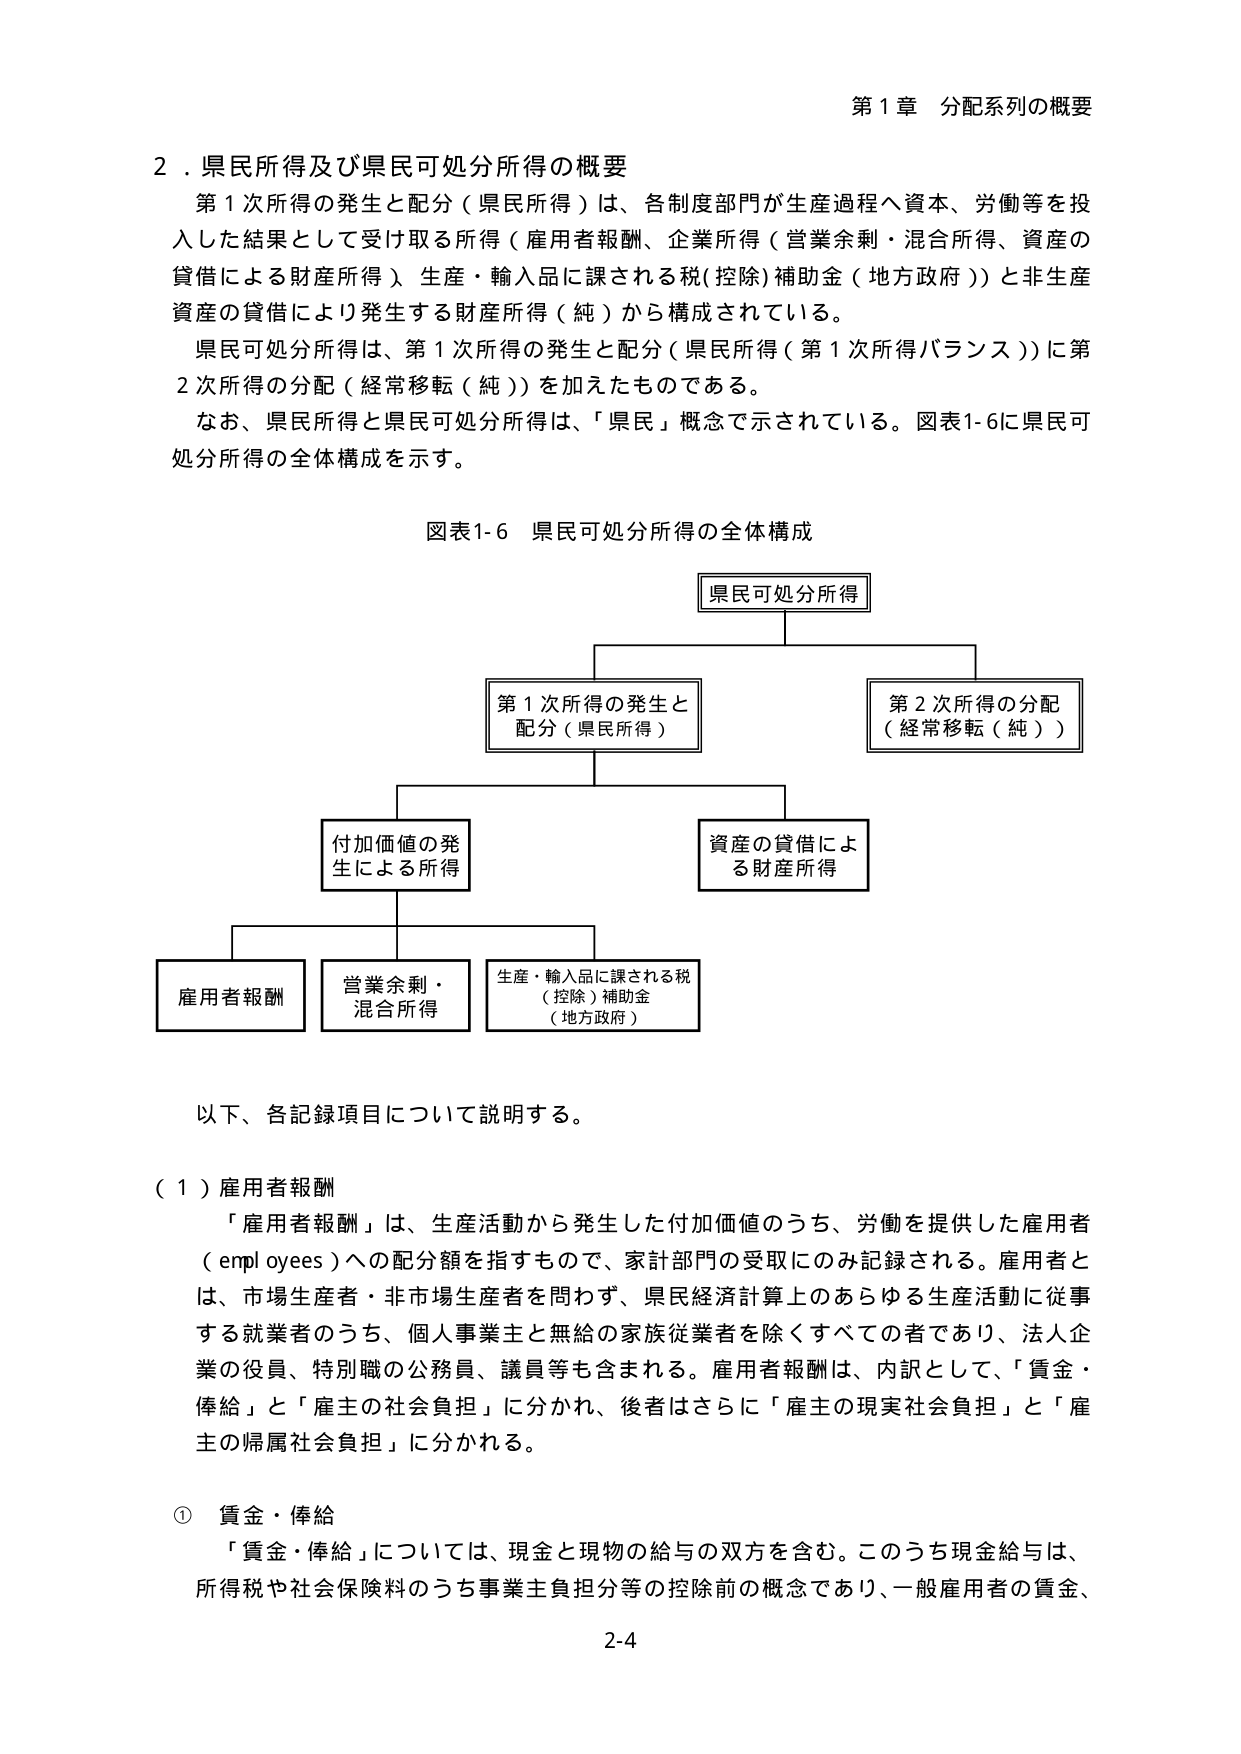
第１章 分配系列の概要

２．県民所得及び県民可処分所得の概要
第１次所得の発生と配分（県民所得）は、各制度部門が生産過程へ資本、労働等を投入した結果として受け取る所得（雇用者報酬、企業所得（営業余剰・混合所得、資産の貸借による財産所得）、生産・輸入品に課される税（控除）補助金（地方政府））と非生産資産の貸借により発生する財産所得（純）から構成されている。
県民可処分所得は、第１次所得の発生と配分（県民所得（第１次所得バランス））に第２次所得の分配（経常移転（純））を加えたものである。
なお、県民所得と県民可処分所得は、「県民」概念で示されている。図表1-6に県民可処分所得の全体構成を示す。

図表1-6 県民可処分所得の全体構成

県民可処分所得
　　|
　　├───────────────┐
　　│　　　　　　　　　　│
第１次所得の発生と　　　第２次所得の分配
配分（県民所得）　　　　（経常移転（純））
　　│
　　├───────────────┐
　　│　　　　　　　　　　│
付加価値の発　　　　資産の貸借によ
生による所得　　　　る財産所得
　　│
　　├───────────────┐
　　│　　　　　　　　　　│
雇用者報酬　　　　営業余剰・　　　　生産・輸入品に課される税
　　　　　　　　　混合所得　　　　（控除）補助金
　　　　　　　　　　　　　　　　　（地方政府）

以下、各記録項目について説明する。

（１）雇用者報酬
「雇用者報酬」は、生産活動から発生した付加価値のうち、労働を提供した雇用者（employees）への配分額を指すもので、家計部門の受取にのみ記録される。雇用者とは、市場生産者・非市場生産者を問わず、県民経済計算上のあらゆる生産活動に従事する就業者のうち、個人事業主と無給の家族従業者を除くすべての者であり、法人企業の役員、特別職の公務員、議員等も含まれる。雇用者報酬は、内訳として、「賃金・俸給」と「雇主の社会負担」に分かれ、後者はさらに「雇主の現実社会負担」と「雇主の帰属社会負担」に分かれる。

① 賃金・俸給
「賃金・俸給」については、現金と現物の給与の双方を含む。このうち現金給与は、所得税や社会保険料のうち事業主負担分等の控除前の概念であり、一般雇用者の賃金、

2-4